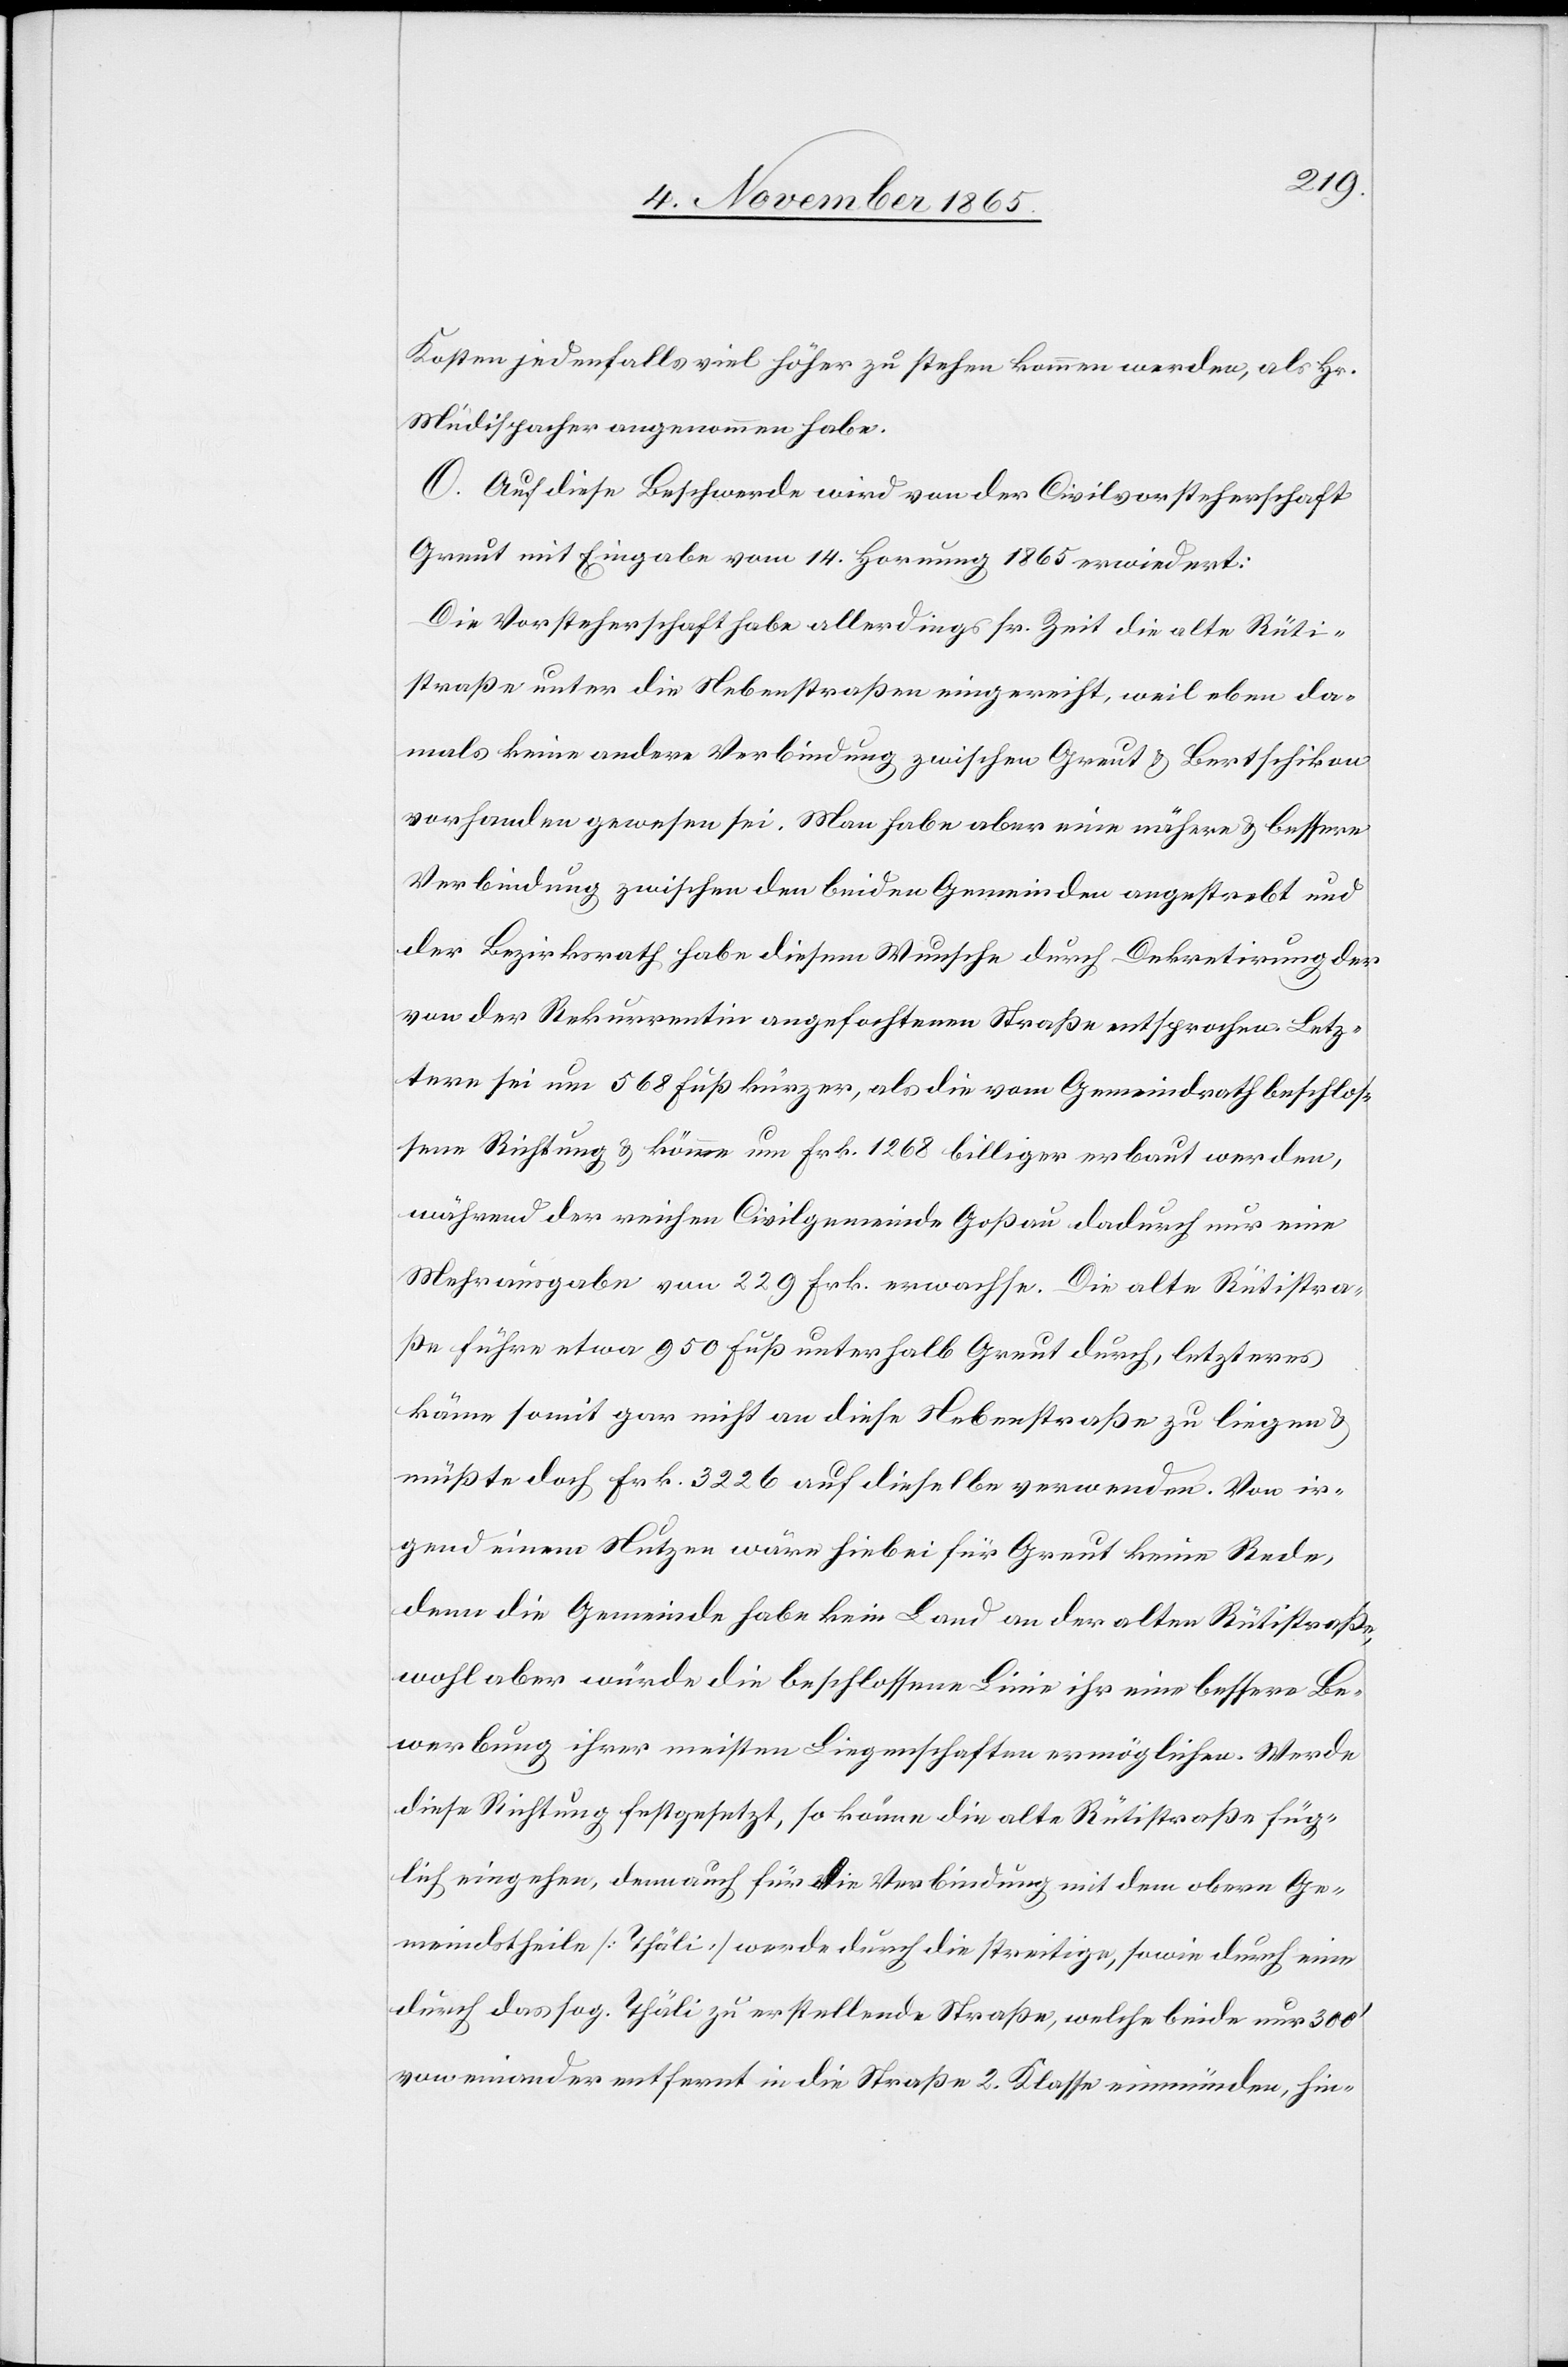
Kosten jedenfalls viel höher zu stehen kommen werden, als Hr.
Müdispacher angenommen habe.
O. Auf diese Beschwerde wird von der Civilvorsteherschaft
Greut mit Eingabe vom 14. Hornung 1865 erwiedert:
Die Vorsteherschaft habe allerdings sr. Zeit die alte Rüti¬
straße unter die Nebenstraßen eingereiht, weil eben da¬
mals keine andere Verbindung zwischen Greut & Bertschikon
vorhanden gewesen sei. Man habe aber eine nähere & bessere
Verbindung zwischen den beiden Gemeinden angestrebt und
der Bezirksrath habe diesem Wunsche durch Dekretirung der
von der Rekurrentin angefochtenen Straße entsprochen. Letz¬
tere sei um 568 Fuß kürzer, als die vom Gemeindrath beschlos¬
sene Richtung & könne um Frk. 1268 billiger erbaut werden,
während der reichen Civilgemeinde Goßau dadurch nur eine
Mehrausgabe von 229 Frk. erwachse. Die alte Rütistra¬
ße führe etwa 950 Fuß unterhalb Greut durch, letzteres
käme somit gar nicht an diese Nebenstraße zu liegen &
müßte doch Frk. 3226 auf dieselbe verwenden. Von ir¬
gend einem Nutzen wäre hiebei für Greut keine Rede,
denn die Gemeinde habe kein Land an der alten Rütistraße,
wohl aber würde die beschlossene Linie ihr eine bessere Be¬
werbung ihrer meisten Liegenschaften ermöglichen. Werde
diese Richtung festgesetzt, so könne die alte Rütistraße füg¬
lich eingehen, denn auch für die Verbindung mit dem obern Ge¬
meindstheile [Thäli] werde durch die streitige, sowie durch eine
durch das sog. Thäli zu erstellende Straße, welche beide nur 300’
von einander entfernt in die Straße 2. Klasse einmünden, hin-